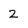
Character: 2